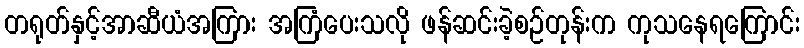
တရုတ်နှင့်အာဆီယံအကြား အကြံပေးသလို ဖန်ဆင်းခဲ့စဉ်တုန်းက ကုသနေရကြောင်း